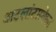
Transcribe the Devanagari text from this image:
अटलांटासोबत